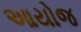
આયોજ